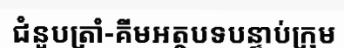
ជំនួបត្រាំ-គីមអត្ថបទបន្ទាប់ក្រុម